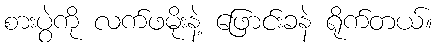
စားပွဲကို လက်ဖမိုးနဲ့ ဖြောင်းခနဲ ရိုက်တယ်။